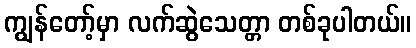
ကျွန်တော့်မှာ လက်ဆွဲသေတ္တာ တစ်ခုပါတယ်။